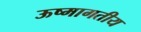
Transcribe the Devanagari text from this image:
ऊष्मागतीय